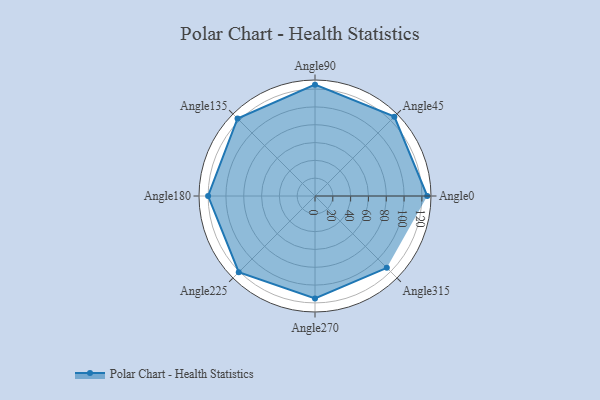
{"axis": {"x": "Angle", "y": "Radius"}, "legend": [""], "data": [{"x": "Angle0", "y": 126.0, "type": ""}, {"x": "Angle45", "y": 126.0, "type": ""}, {"x": "Angle90", "y": 125.0, "type": ""}, {"x": "Angle135", "y": 123.0, "type": ""}, {"x": "Angle180", "y": 120.0, "type": ""}, {"x": "Angle225", "y": 121.0, "type": ""}, {"x": "Angle270", "y": 115.0, "type": ""}, {"x": "Angle315", "y": 114.0, "type": ""}]}